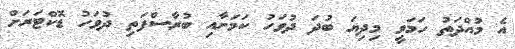
އެ މުއްދަތު ހަމަވީ މިދިޔަ ބުދަ ދުވަހު ކަމަށާއި ބުރާސްފަތި ދުވަހު ޑޮކްޓަރަށް